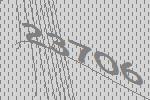
23706